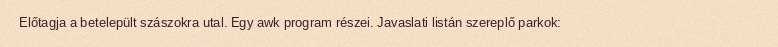
Előtagja a betelepült szászokra utal. Egy awk program részei. Javaslati listán szereplő parkok: